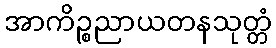
အာကိဉ္စညာယတနသုတ္တံ